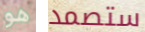
هو ستصمد